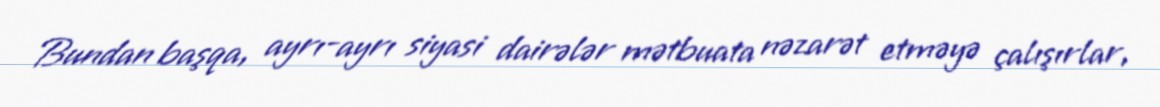
Bundan başqa, ayrı-ayrı siyasi dairələr mətbuata nəzarət etməyə çalışırlar,